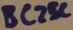
Text: BC25C